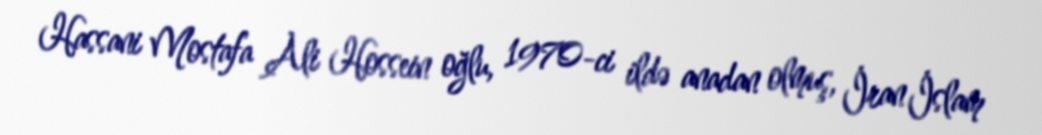
Hassani Mostafa Ali Hossein oğlu, 1970-ci ildə anadan olmuş, İran İslam